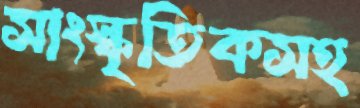
সাংস্কৃতিকসহ